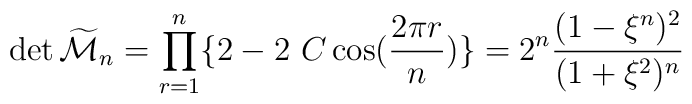
\det {\widetilde{\cal M}_n} =\prod_{r=1}^n\{2-2~C \cos({2\pi r\over n})\}		= 2^n{(1 - \xi^n)^2 \over (1+\xi^2)^n}